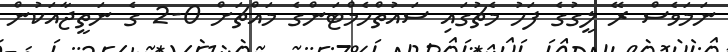
ނަމަވެސް ރޭ ލީގުގެ ފަހު މެޗުގައި ސައުތްހެމްޓަންގެ މައްޗަށް 0-2 ގެ ނަތީޖާއަކުން